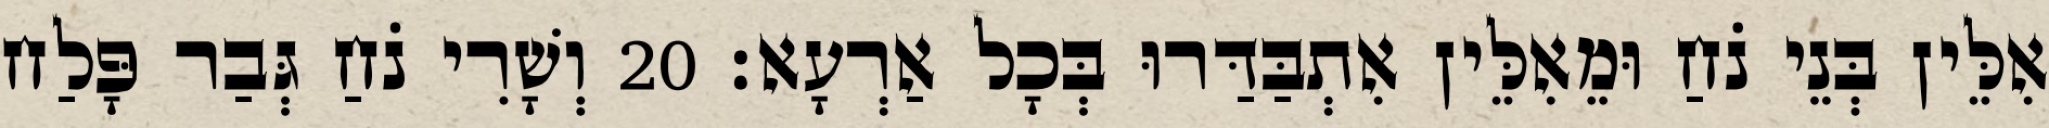
אִלֵּין בְּנֵי נֹחַ וּמֵאִלֵּין אִתְבַּדַּרוּ בְּכָל אַרְעָא׃ 20 וְשָׁרִי נֹחַ גְּבַר פָּלַח